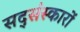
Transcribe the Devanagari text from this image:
सद्संस्कारों